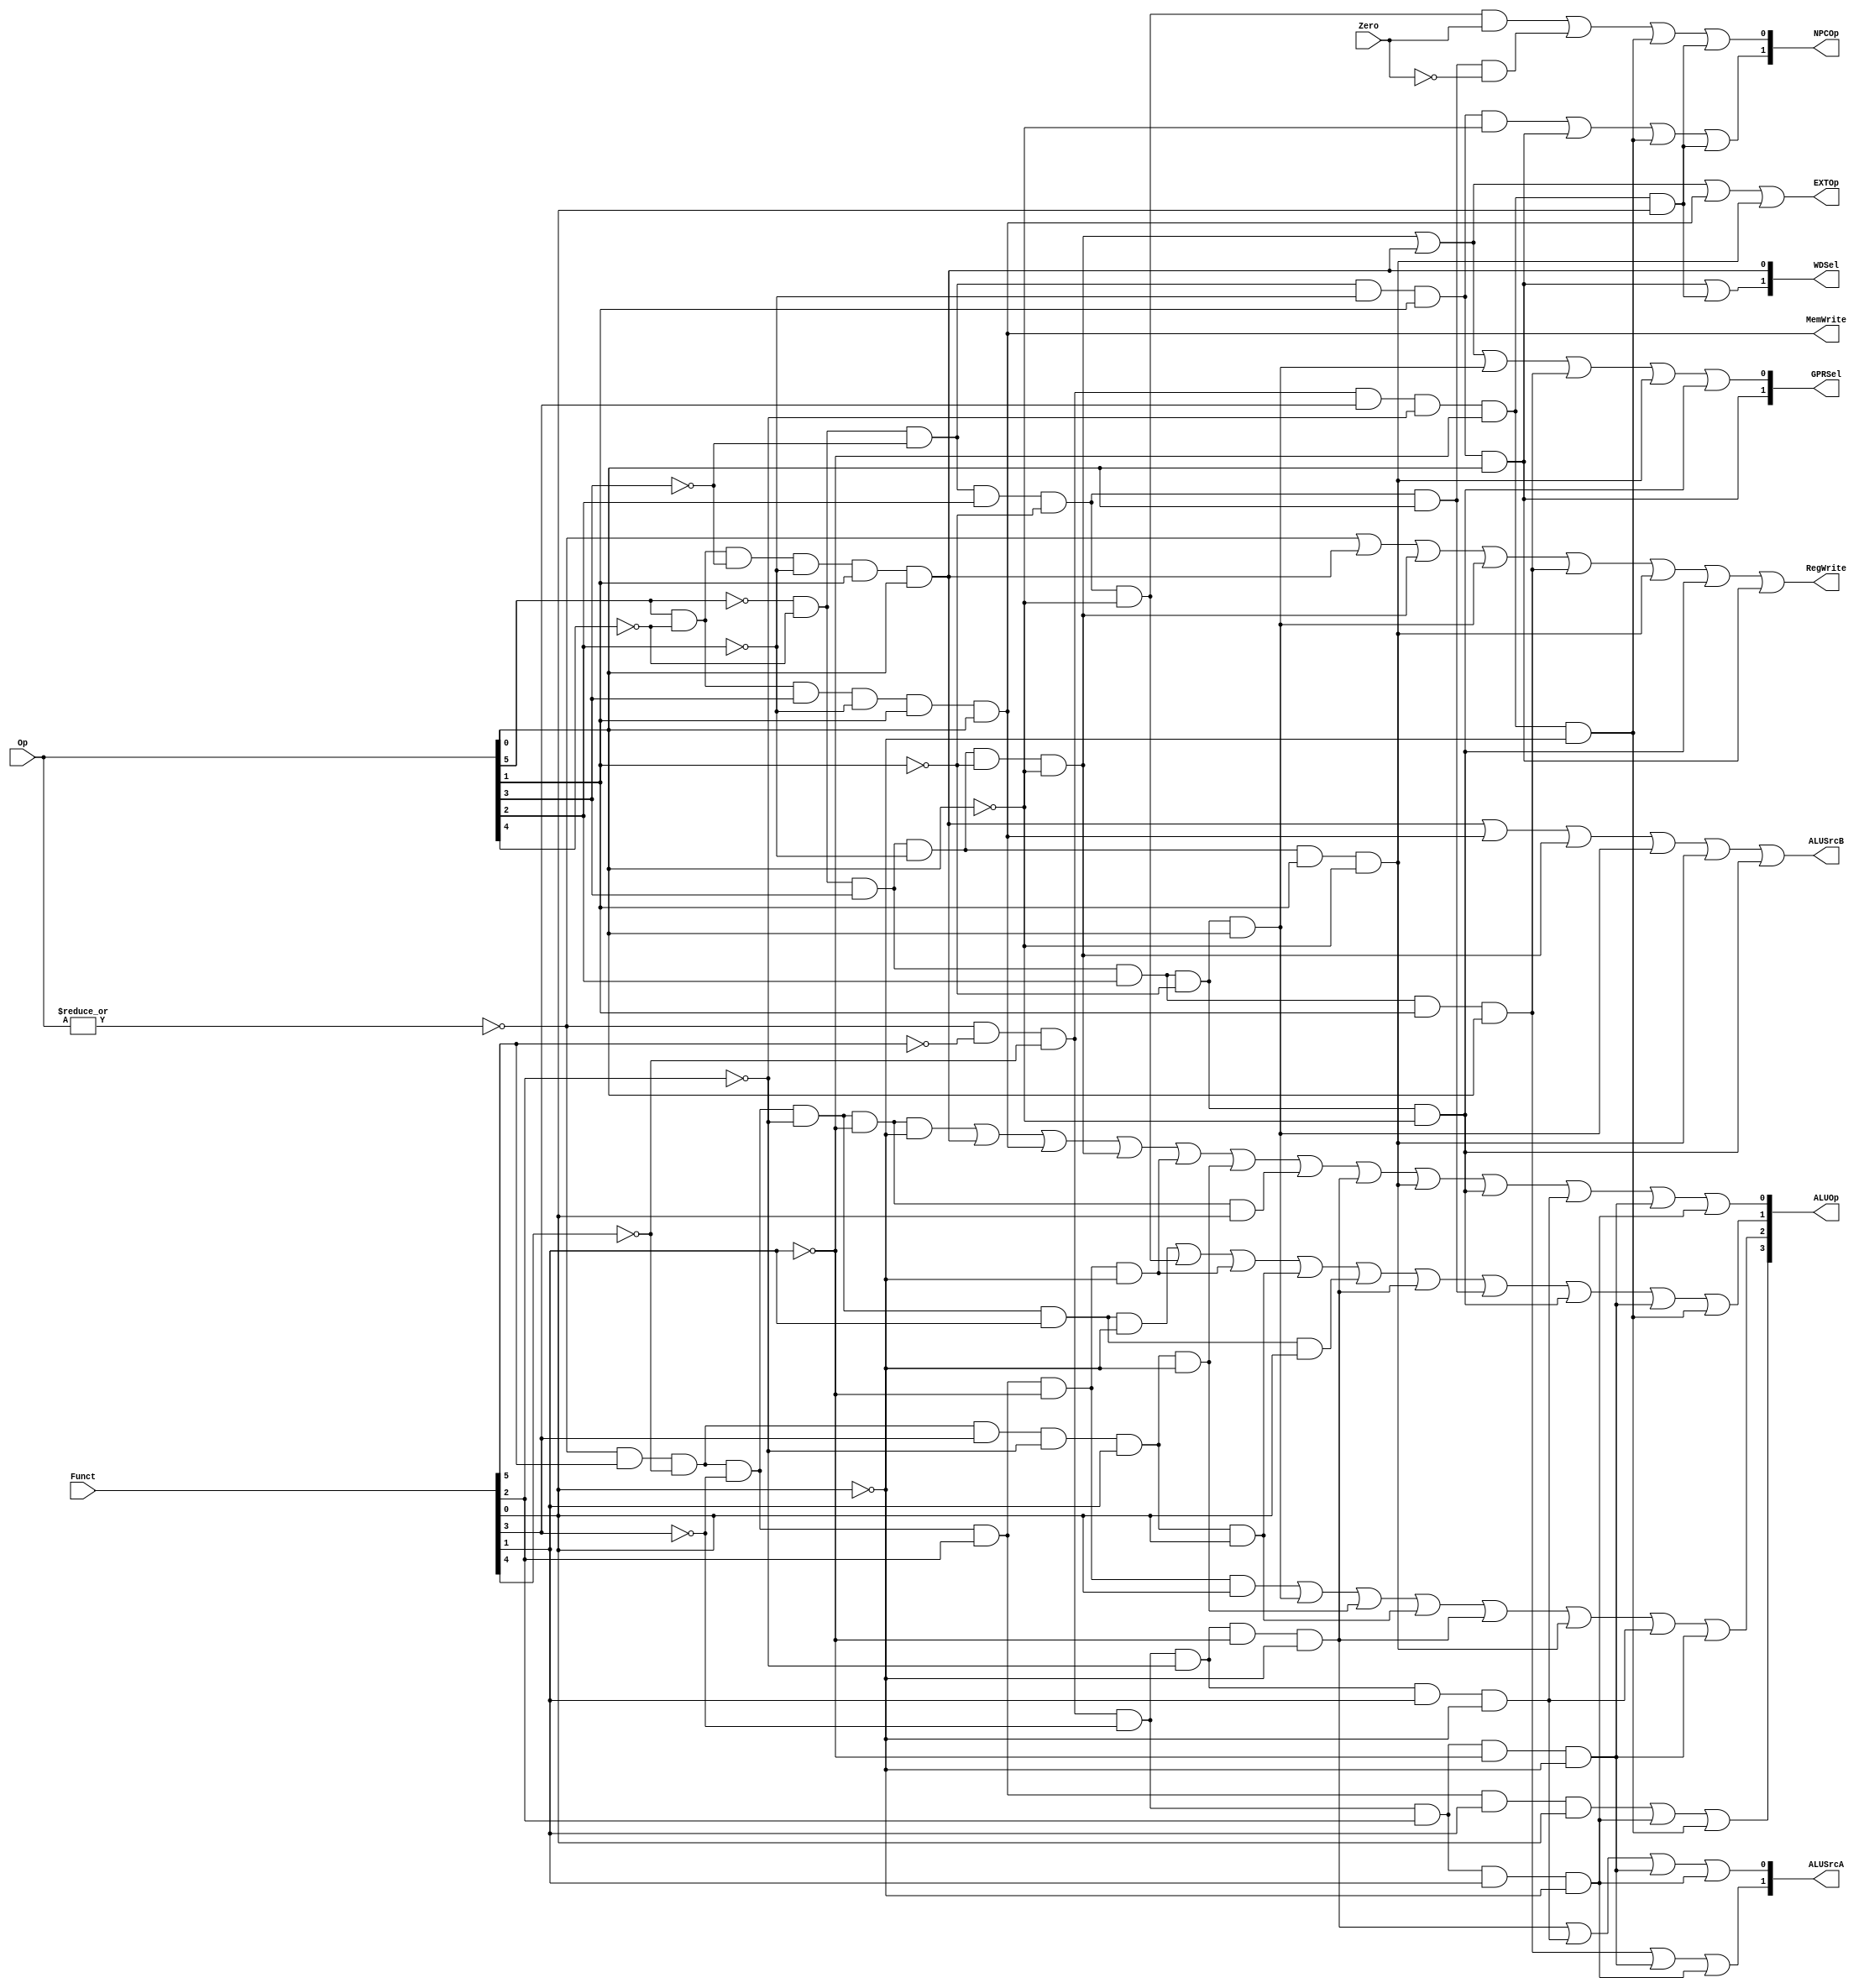
module ctrl(
input	[5:0]	Op,
input	[5:0]	Funct,
input			Zero,

output			RegWrite,
output			MemWrite,
output			EXTOp,
output	[3:0]	ALUOp,
output	[1:0]	NPCOp,
output	[1:0]	ALUSrcA,		// ALU source for A
output			ALUSrcB,		// ALU source for B
output	[1:0]	GPRSel,			// general purpose register selection
output	[1:0]	WDSel			// (register) write data selection
);
   
	// r format
	wire rtype  = ~|Op;
	wire i_add  = rtype &  Funct[5] & ~Funct[4] & ~Funct[3] & ~Funct[2] & ~Funct[1] & ~Funct[0];	// add
	wire i_sub  = rtype &  Funct[5] & ~Funct[4] & ~Funct[3] & ~Funct[2] &  Funct[1] & ~Funct[0]; 	// sub
	wire i_and  = rtype &  Funct[5] & ~Funct[4] & ~Funct[3] &  Funct[2] & ~Funct[1] & ~Funct[0]; 	// and
	wire i_or   = rtype &  Funct[5] & ~Funct[4] & ~Funct[3] &  Funct[2] & ~Funct[1] &  Funct[0]; 	// or
	wire i_slt  = rtype &  Funct[5] & ~Funct[4] &  Funct[3] & ~Funct[2] &  Funct[1] & ~Funct[0]; 	// slt
	wire i_sltu = rtype &  Funct[5] & ~Funct[4] &  Funct[3] & ~Funct[2] &  Funct[1] &  Funct[0]; 	// sltu
	wire i_addu = rtype &  Funct[5] & ~Funct[4] & ~Funct[3] & ~Funct[2] & ~Funct[1] &  Funct[0]; 	// addu
	wire i_subu = rtype &  Funct[5] & ~Funct[4] & ~Funct[3] & ~Funct[2] &  Funct[1] &  Funct[0]; 	// subu
	wire i_sll  = rtype & ~Funct[5] & ~Funct[4] & ~Funct[3] & ~Funct[2] & ~Funct[1] & ~Funct[0]; 	// sll
	wire i_nor	= rtype &  Funct[5] & ~Funct[4] & ~Funct[3] &  Funct[2] &  Funct[1] &  Funct[0]; 	// nor
	wire i_srl	= rtype & ~Funct[5] & ~Funct[4] & ~Funct[3] & ~Funct[2] &  Funct[1] & ~Funct[0]; 	// srl
	wire i_sllv = rtype & ~Funct[5] & ~Funct[4] & ~Funct[3] &  Funct[2] & ~Funct[1] & ~Funct[0]; 	// sllv
	wire i_srlv = rtype & ~Funct[5] & ~Funct[4] & ~Funct[3] &  Funct[2] &  Funct[1] & ~Funct[0]; 	// srlv
	wire i_jr	= rtype & ~Funct[5] & ~Funct[4] &  Funct[3] & ~Funct[2] & ~Funct[1] & ~Funct[0]; 	// jr
	wire i_jalr	= rtype & ~Funct[5] & ~Funct[4] &  Funct[3] & ~Funct[2] & ~Funct[1] &  Funct[0]; 	// jalr

	// i format
	wire i_addi = ~Op[5] & ~Op[4] &  Op[3] & ~Op[2] & ~Op[1] & ~Op[0];	// addi
	wire i_ori  = ~Op[5] & ~Op[4] &  Op[3] &  Op[2] & ~Op[1] &  Op[0];	// ori
	wire i_lw   =  Op[5] & ~Op[4] & ~Op[3] & ~Op[2] &  Op[1] &  Op[0];	// lw
	wire i_sw   =  Op[5] & ~Op[4] &  Op[3] & ~Op[2] &  Op[1] &  Op[0];	// sw
	wire i_beq  = ~Op[5] & ~Op[4] & ~Op[3] &  Op[2] & ~Op[1] & ~Op[0];	// beq
	wire i_lui	= ~Op[5] & ~Op[4] &  Op[3] &  Op[2] &  Op[1] &  Op[0];	// lui
	wire i_slti	= ~Op[5] & ~Op[4] &  Op[3] & ~Op[2] &  Op[1] & ~Op[0];	// slti
	wire i_bne	= ~Op[5] & ~Op[4] & ~Op[3] &  Op[2] & ~Op[1] &  Op[0];	// bne
	wire i_andi = ~Op[5] & ~Op[4] &  Op[3] &  Op[2] & ~Op[1] & ~Op[0];	// andi

	// j format
	wire i_j    = ~Op[5] & ~Op[4] & ~Op[3] & ~Op[2] &  Op[1] & ~Op[0];	// j
	wire i_jal	= ~Op[5] & ~Op[4] & ~Op[3] & ~Op[2] &  Op[1] &  Op[0];	// jal

	// generate control signals
	assign RegWrite		= rtype | i_lw | i_addi | i_ori | i_lui | i_slti | i_andi | i_jal;		// register write
	assign MemWrite   	= i_sw;                           										// memory write
	
	// 32-bit RD1 from rs				2b'00
	// 32-bit shamt						2b'01
	// 32-bit luiImm32					2b'10
	// 32-bit RD1 from rs lower bit		2b'11
	assign ALUSrcA[0]	= i_sll  | i_srl  | i_sllv | i_srlv;
	assign ALUSrcA[1]	= i_lui  | i_sllv | i_srlv;
	
	// ALU B is from instruction immediate
	assign ALUSrcB    	= i_lw   | i_sw   | i_addi | i_ori | i_slti | i_andi;
	
	// signed extension
	assign EXTOp      	= i_addi | i_lw   | i_sw   | i_slti;

	// GPRSel_RD   	2'b00
	// GPRSel_RT   	2'b01
	// GPRSel_31	2'b10
	assign GPRSel[0]	= i_lw   | i_addi | i_ori  | i_lui | i_slti | i_andi;
	assign GPRSel[1]	= i_jal;

	// WDSel_FromALU aluout 	 2'b00
	// WDSel_FromMEM readdata	 2'b01
	// WDSel_FromPC 			 2'b10
	assign WDSel[0] = i_lw;
	assign WDSel[1] = i_jal | i_jalr;

	// NPC_PLUS4    2'b00
	// NPC_BRANCH   2'b01
	// NPC_JUMP     2'b10
	// NPC_JUMPR	2'b11
	assign NPCOp[0] = (i_beq & Zero) | (i_bne & ~Zero) | i_jr | i_jalr;
	assign NPCOp[1] = i_j | i_jal | i_jr | i_jalr;

	/************************************
	`define ALU_NOP  	4'b0000
	`define ALU_ADD  	4'b0001
	`define ALU_SUB  	4'b0010
	`define ALU_AND  	4'b0011
	`define ALU_OR    	4'b0100
	`define ALU_SLT   	4'b0101
	`define ALU_SLTU  	4'b0110
	`define	ALU_SLL		4'b0111
	`define	ALU_NOR		4'b1000
	`define ALU_SRL		4'b1001
	`define ALU_JR		4'b1010
	************************************/
	assign ALUOp[0] = i_add | i_lw   | i_sw  | i_addi | i_and  | i_slt  | i_addu | i_sll  | i_slti | i_andi | i_srl | i_sllv | i_srlv;
	assign ALUOp[1] = i_sub | i_beq  | i_and | i_sltu | i_subu | i_sll  | i_bne  | i_andi | i_sllv | i_jr;
	assign ALUOp[2] = i_or  | i_ori  | i_slt | i_sltu | i_sll  | i_slti | i_srl  | i_sllv;
	assign ALUOp[3]	= i_nor | i_srlv | i_jr;

endmodule